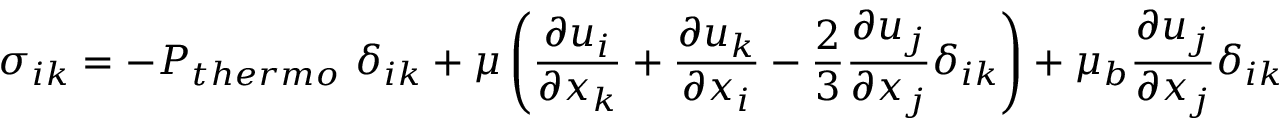
\sigma _ { i k } = - P _ { t h e r m o } ~ \delta _ { i k } + \mu \displaystyle \left( \frac { \partial u _ { i } } { \partial x _ { k } } + \frac { \partial u _ { k } } { \partial x _ { i } } - \frac { 2 } { 3 } \frac { \partial u _ { j } } { \partial x _ { j } } \delta _ { i k } \right) + \mu _ { b } \frac { \partial u _ { j } } { \partial x _ { j } } \delta _ { i k }